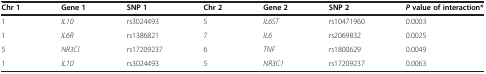
<table><thead><tr><td><b>Chr 1</b></td><td><b>Gene 1</b></td><td><b>SNP 1</b></td><td><b>Chr 2</b></td><td><b>Gene 2</b></td><td><b>SNP 2</b></td><td><b><i>P</i>value of interaction*</b></td></tr></thead><tbody><tr><td>1</td><td><i>IL10</i></td><td>rs3024493</td><td>5</td><td><i>IL6ST</i></td><td>rs10471960</td><td>0.0003</td></tr><tr><td>1</td><td><i>IL6R</i></td><td>rs1386821</td><td>7</td><td><i>IL6</i></td><td>rs2069832</td><td>0.0025</td></tr><tr><td>5</td><td><i>NR3CI</i></td><td>rs17209237</td><td>6</td><td><i>TNF</i></td><td>rs1800629</td><td>0.0049</td></tr><tr><td>1</td><td><i>IL10</i></td><td>rs3024493</td><td>5</td><td><i>NR3C1</i></td><td>rs17209237</td><td>0.0063</td></tr></tbody></table>